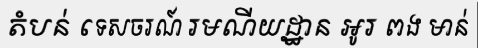
តំបន់ ទេសចរណ៍ រមណីយដ្ឋាន អូរ ពង មាន់